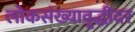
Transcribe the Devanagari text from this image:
लोकसंख्यावृद्धीदर